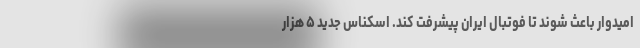
امیدوار باعث شوند تا فوتبال ایران پیشرفت کند. اسکناس جدید ۵ هزار